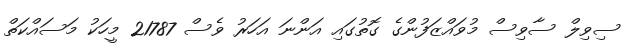
ސިވިލް ސާވިސް މުވައްޒަފުންގެ ގޮތުގައި އަންނަ އަހަރު ވެސް 21787 މީހަކު މަސައްކަތް